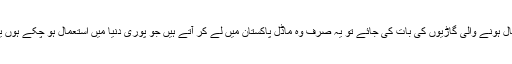
اگر پاکستان میں استعمال ہونے والی گاڑیوں کی بات کی جائے تو یہ صرف وہ ماڈل پاکستان میں لے کر آتے ہیں جو پوری دنیا میں استعمال ہو چکے ہوں یا مسترد ہو چکے ہوں۔